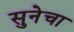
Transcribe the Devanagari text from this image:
सुनेचा